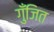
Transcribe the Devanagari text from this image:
गुँजित